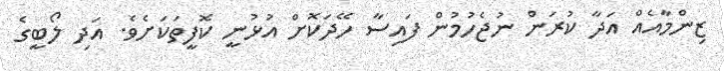
ޒިންމާއެއް އަދާ ކުރަން ނުޖެހުމުން ފައިސާ ހޭދަކޮށް އުޅުނީ ކޮފީތަކަށެވެ. އަދި ލޯބީގެ